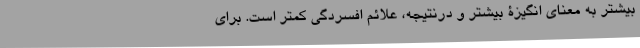
بیشتر به معنای انگیزۀ بیشتر و درنتیجه، علائم افسردگی کمتر است. برای